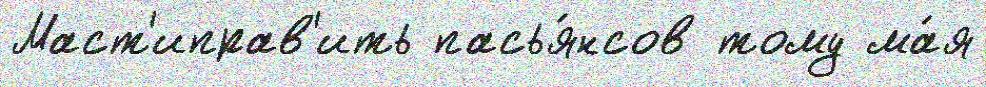
Маст'иправ'ить пасья́нсов тому ма́я